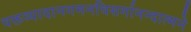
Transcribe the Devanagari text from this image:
वक्तव्यादानगमनविसर्गानन्दात्मने